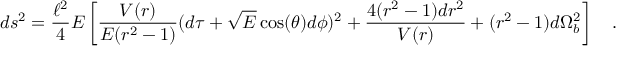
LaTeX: d s ^ { 2 } = \frac { \ell ^ { 2 } } { 4 } E \left[ \frac { V ( r ) } { E ( r ^ { 2 } - 1 ) } ( d \tau + \sqrt { E } \cos ( \theta ) d \phi ) ^ { 2 } + \frac { 4 ( r ^ { 2 } - 1 ) d r ^ { 2 } } { V ( r ) } + ( r ^ { 2 } - 1 ) d \Omega _ { b } ^ { 2 } \right] \quad .